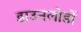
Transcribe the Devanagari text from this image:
डाउनलोडों